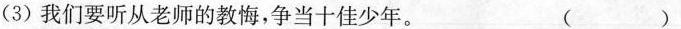
（3）我们要听从老师的教悔，争当十佳少年。（ ）